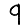
Digit: 9